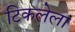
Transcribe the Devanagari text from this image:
टिकलेला